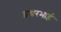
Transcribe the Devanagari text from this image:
इश्वरभाई